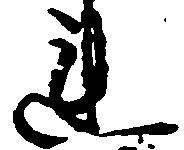
連